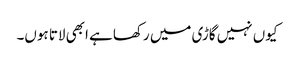
کیوں نہیں گاڑی میں رکھا ہے ابھی لاتا ہوں۔